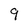
Character: 9